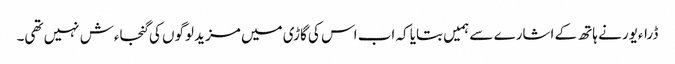
ڈراءیور نے ہاتھ کے اشارے سے ہمیں بتایا کہ اب اس کی گاڑی میں مزید لوگوں کی گنجاءش نہیں تھی۔